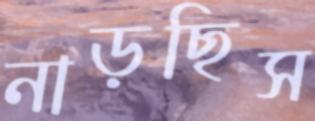
নাড়ছিস